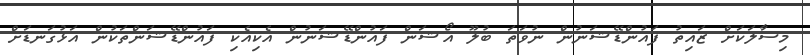
މިސާލަކަށް ޒައިތު ފައުންޑޭޝަނުން ނުވަތަ ބުލޫ އޯޝަން ފައުންޑޭޝަނުން އެކިއެކި ފައުންޑޭޝަންތަކުން އަޅުގަނޑަށް